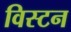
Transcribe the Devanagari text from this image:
विस्टन